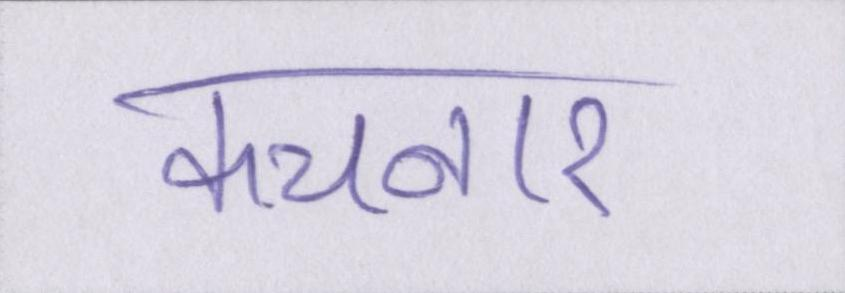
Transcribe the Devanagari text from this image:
कचनार